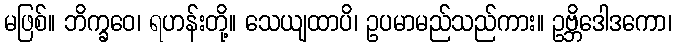
မဖြစ်။ ဘိက္ခဝေ၊ ရဟန်းတို့။ သေယျထာပိ၊ ဥပမာမည်သည်ကား။ ဥဗ္ဘိဒေါဒကော၊